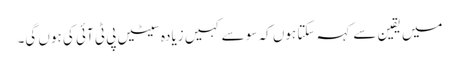
میں یقین سے کہہ سکتا ہوں کہ سو سے کہیں زیادہ سیٹیں پی ٹی آئی کی ہوں گی۔